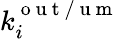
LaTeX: k_{i}^{\mathrm{~o~u~t~/~u~m~}}